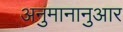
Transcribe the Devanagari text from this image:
अनुमानानुआर